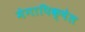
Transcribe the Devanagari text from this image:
मेगापिक्षेल